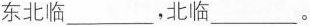
东北临 ___ ，北临 ___ 。